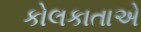
કોલકાતાએ